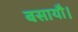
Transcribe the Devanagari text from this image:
बसायौ।